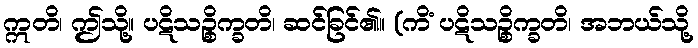
ဣတိ၊ ဤသို့။ ပဋိသဉ္စိက္ခတိ၊ ဆင်ခြင်၏။ (ကိံ ပဋိသဉ္စိက္ခတိ၊ အဘယ်သို့